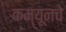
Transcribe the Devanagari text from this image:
कम्यूनचे